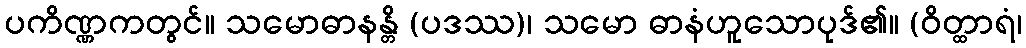
ပကိဏ္ဏကတွင်။ သမောဓာနန္တိ (ပဒဿ)၊ သမော ဓာနံဟူသောပုဒ်၏။ (ဝိတ္ထာရံ၊